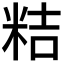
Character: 𮇕